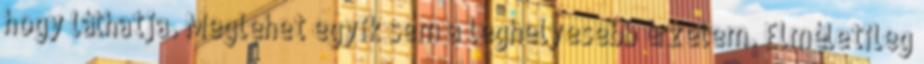
hogy láthatja. Meglehet egyik sem a leghelyesebb érzelem. Elméletileg